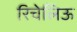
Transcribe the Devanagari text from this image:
रिचेलिऊ